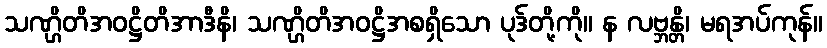
သဏ္ဌိတိအဝဋ္ဌိတိအာဒီနိ၊ သဏ္ဌိတိအဝဋ္ဌိအစရှိသော ပုဒ်တို့ကို။ န လဗ္ဘန္တိ၊ မရအပ်ကုန်။